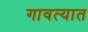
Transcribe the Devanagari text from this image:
गावत्यात